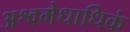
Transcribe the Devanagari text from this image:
अश्वमेधाधिकं